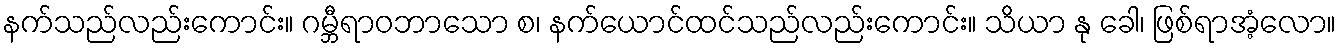
နက်သည်လည်းကောင်း။ ဂမ္ဘီရာဝဘာသော စ၊ နက်ယောင်ထင်သည်လည်းကောင်း။ သိယာ နု ခေါ၊ ဖြစ်ရာအံ့လော။